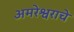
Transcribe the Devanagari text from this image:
अमरेश्वराचे